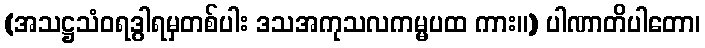
(အသဋ္ဌသံဝရဒွါရမှတစ်ပါး ဒသအကုသလကမ္မပထ ကား။) ပါဏာတိပါတော၊